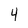
Character: 4